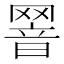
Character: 𦋫